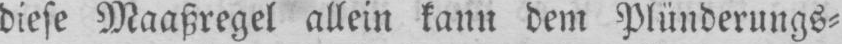
diese Maaßregel allein kann dem Plünderungs⸗